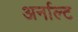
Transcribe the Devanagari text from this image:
अर्नाल्ट